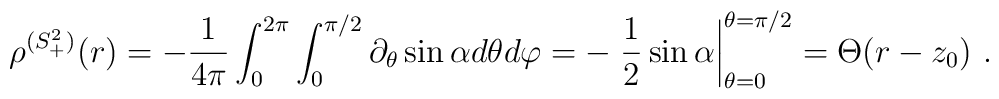
\rho^{(S^2_+)}(r) = -\frac{1}{4\pi}   \int_0^{2\pi}\int_0^{\pi/2}\partial_\theta \sin\alpha d\theta d\varphi = -\left. \frac{1}{2} \sin\alpha \right|_{\theta=0}^{\theta=\pi/2}  = \Theta(r-z_0)\ .